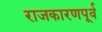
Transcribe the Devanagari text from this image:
राजकारणपूर्व